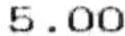
5.00